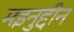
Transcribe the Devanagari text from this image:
मइनुद्दीन